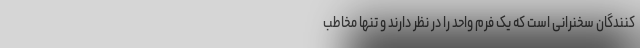
‌کنندگان سخنرانی است که یک فرم واحد را در نظر دارند و تنها مخاطب